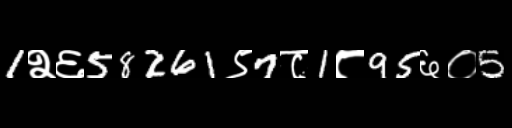
Text: 1२६58261९7८1८95६०5